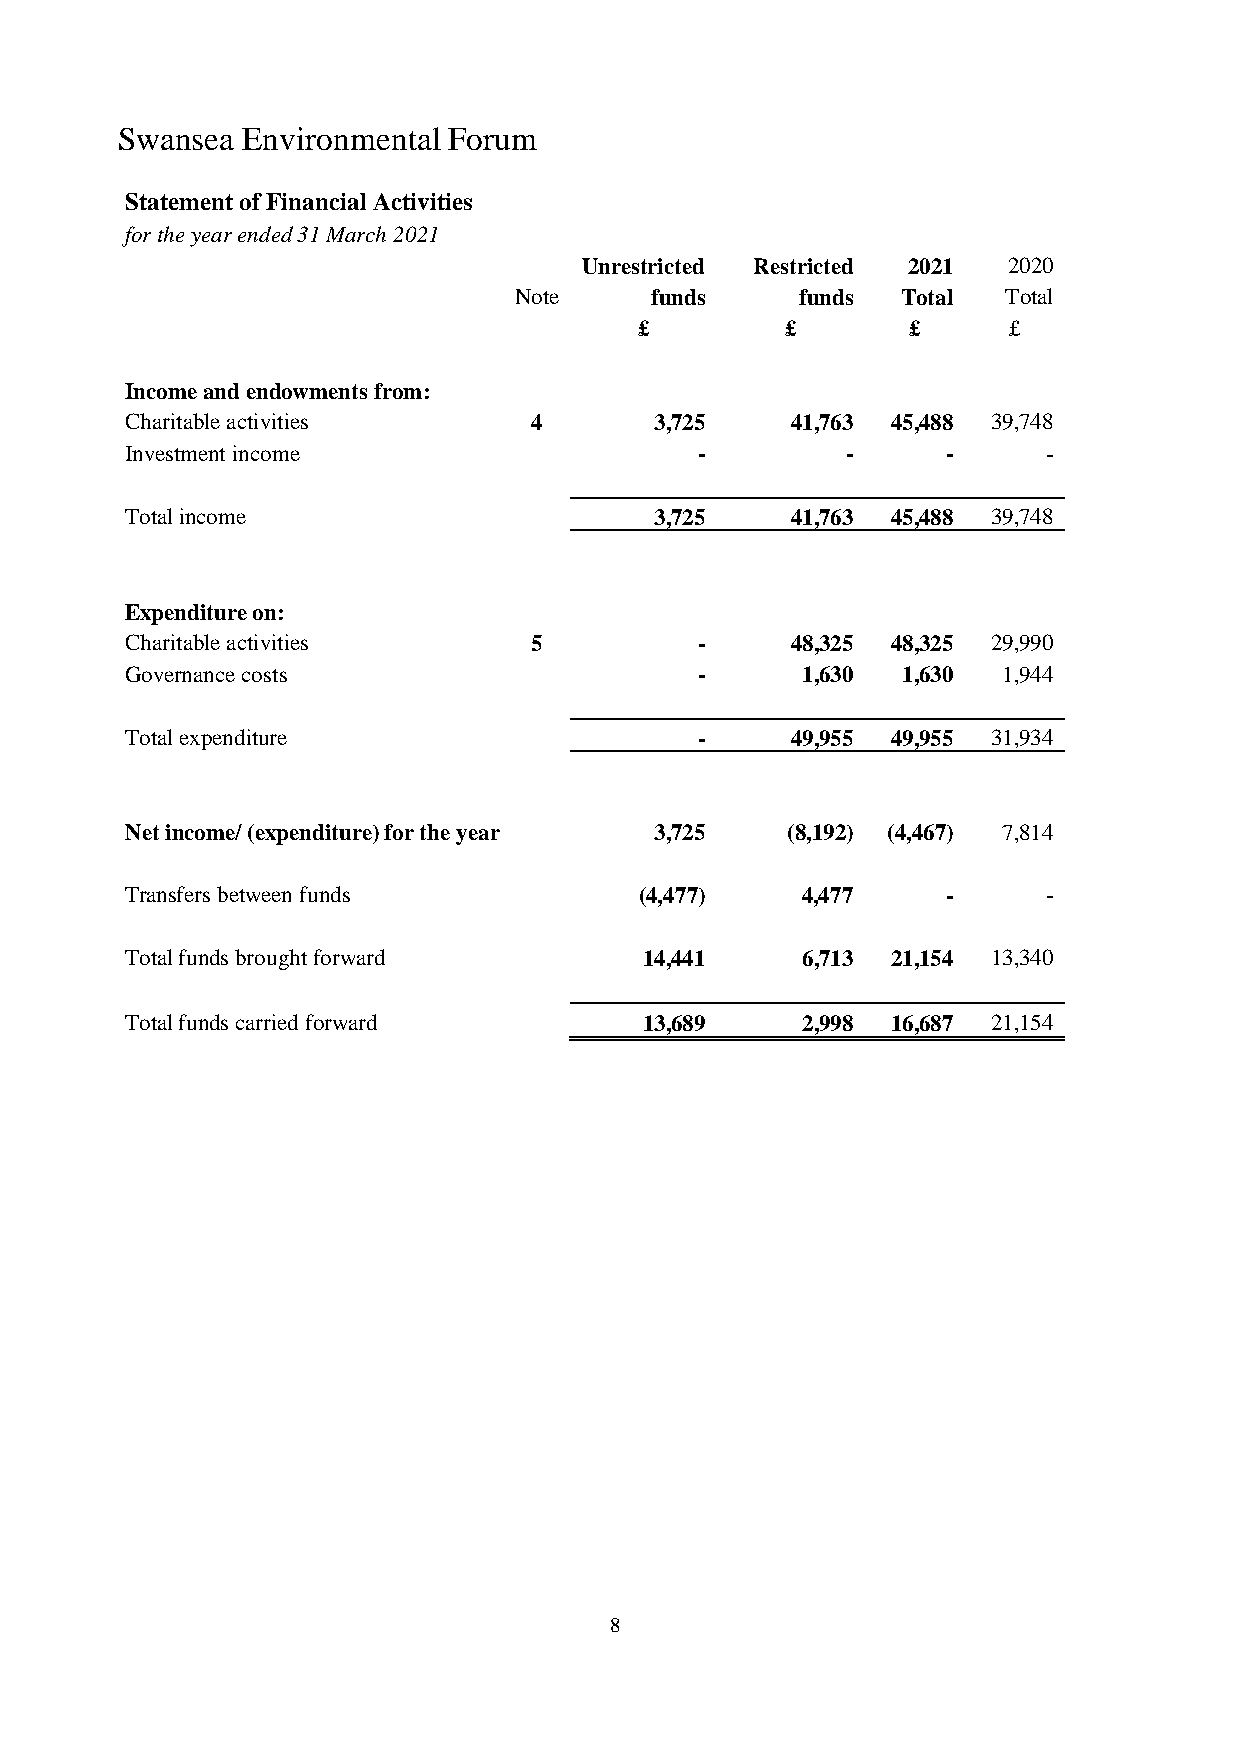
Swansea Environmental Forum
 Statement of Financial Activities
 for the year ended 31 March 2021
 Unrestricted Restricted 2021 2020
 Note     funds     funds  Total  Total
 £         £       £      £
 Income and endowments from:
 Charitable activities      4       3,725    41,763 45,488 39,748
 Investment income                     -         -      -     -
 Total income                       3,725    41,763 45,488 39,748
 Expenditure on:
 Charitable activities      5          -     48,325 48,325 29,990
 Governance costs                      -      1,630  1,630 1,944
 Total expenditure                     -     49,955 49,955 31,934
 Net income/ (expenditure) for the year 3,725 (8,192) (4,467) 7,814
 Transfers between funds           (4,477)    4,477     -     -
 Total funds brought forward        14,441    6,713 21,154 13,340
 Total funds carried forward        13,689    2,998 16,687 21,154
 8